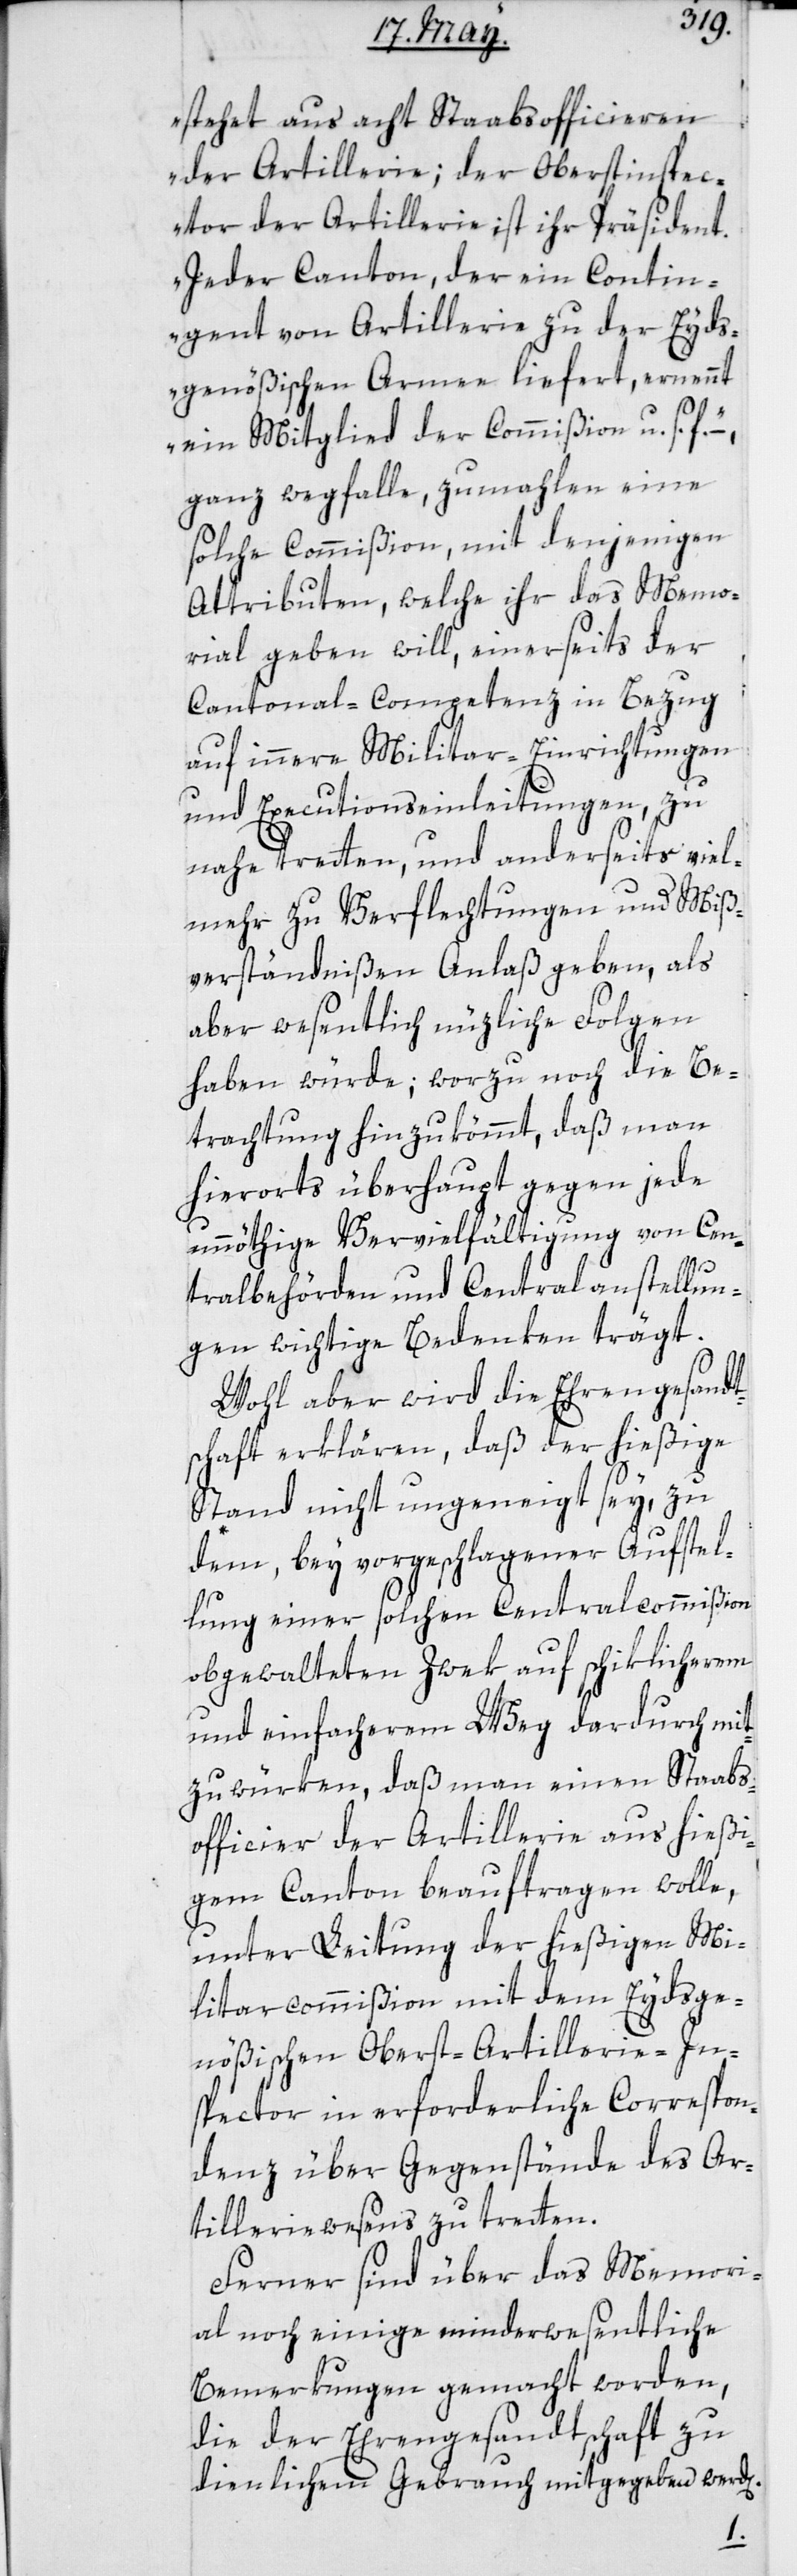
stehet aus acht Staabsofficieren
der Artillerie; der Oberstinspec¬
tor der Artillerie ist ihr Präsident.
Jeder Canton, der ein Contin¬
gent von Artillerie zu der Eyds¬
genößischen Armee liefert, ernennt
ein Mitglied der Commißion u. s. f.“
ganz wegfalle, zumahlen eine
solche Commißion mit denjenigen
Attributen, welche ihr das Memo¬
rial geben will, einerseits der
Cantonal-Competenz in Bezug
auf innere Militar-Einrichtungen
und Executionseinleitungen, zu
nahe tretten, und anderseits viel¬
mehr zu Verflechtungen und Miß¬
verständnißen Anlaß geben, als
aber wesentlich nüzliche Folgen
haben würde; worzu noch die Be¬
terachtung hinzukömmt, daß man
hierorts überhaupt gegen jede
unnöthige Vervielfältigung von Cen¬
tralbehörden und Centralanstellun¬
gen wichtige Bedenken trägt.
Wohl aber wird die Ehrengesandt¬
schaft erklären, daß der hießige
Stand nicht ungeneigt sey, zu¬
dem bey vorgeschlagener Aufstel¬
lung einer solchen Centralcommißion
obgewalteten Zwek auf schiklicherem
und einfacherem Weg dardurch mit¬
zuwürken, daß man einen Staabs¬
officier der Artillerie aus hießi¬
gem Canton beauftragen wolle,
unter Leitung der hießigen Mi¬
litarcommißion mit dem Eydsge¬
nößischen Oberst-Artillerie-In¬
spector in erforderliche Correspon¬
denz über Gegenstände des Ar¬
tillerie-Wesens zu tretten.
Ferner sind über das Memori¬
al noch einige minderwesentliche
Bemerkungen gemacht worden,
die der Ehrengesandtschaft zu
dienlichem Gebrauch mitgegeben werd[en].